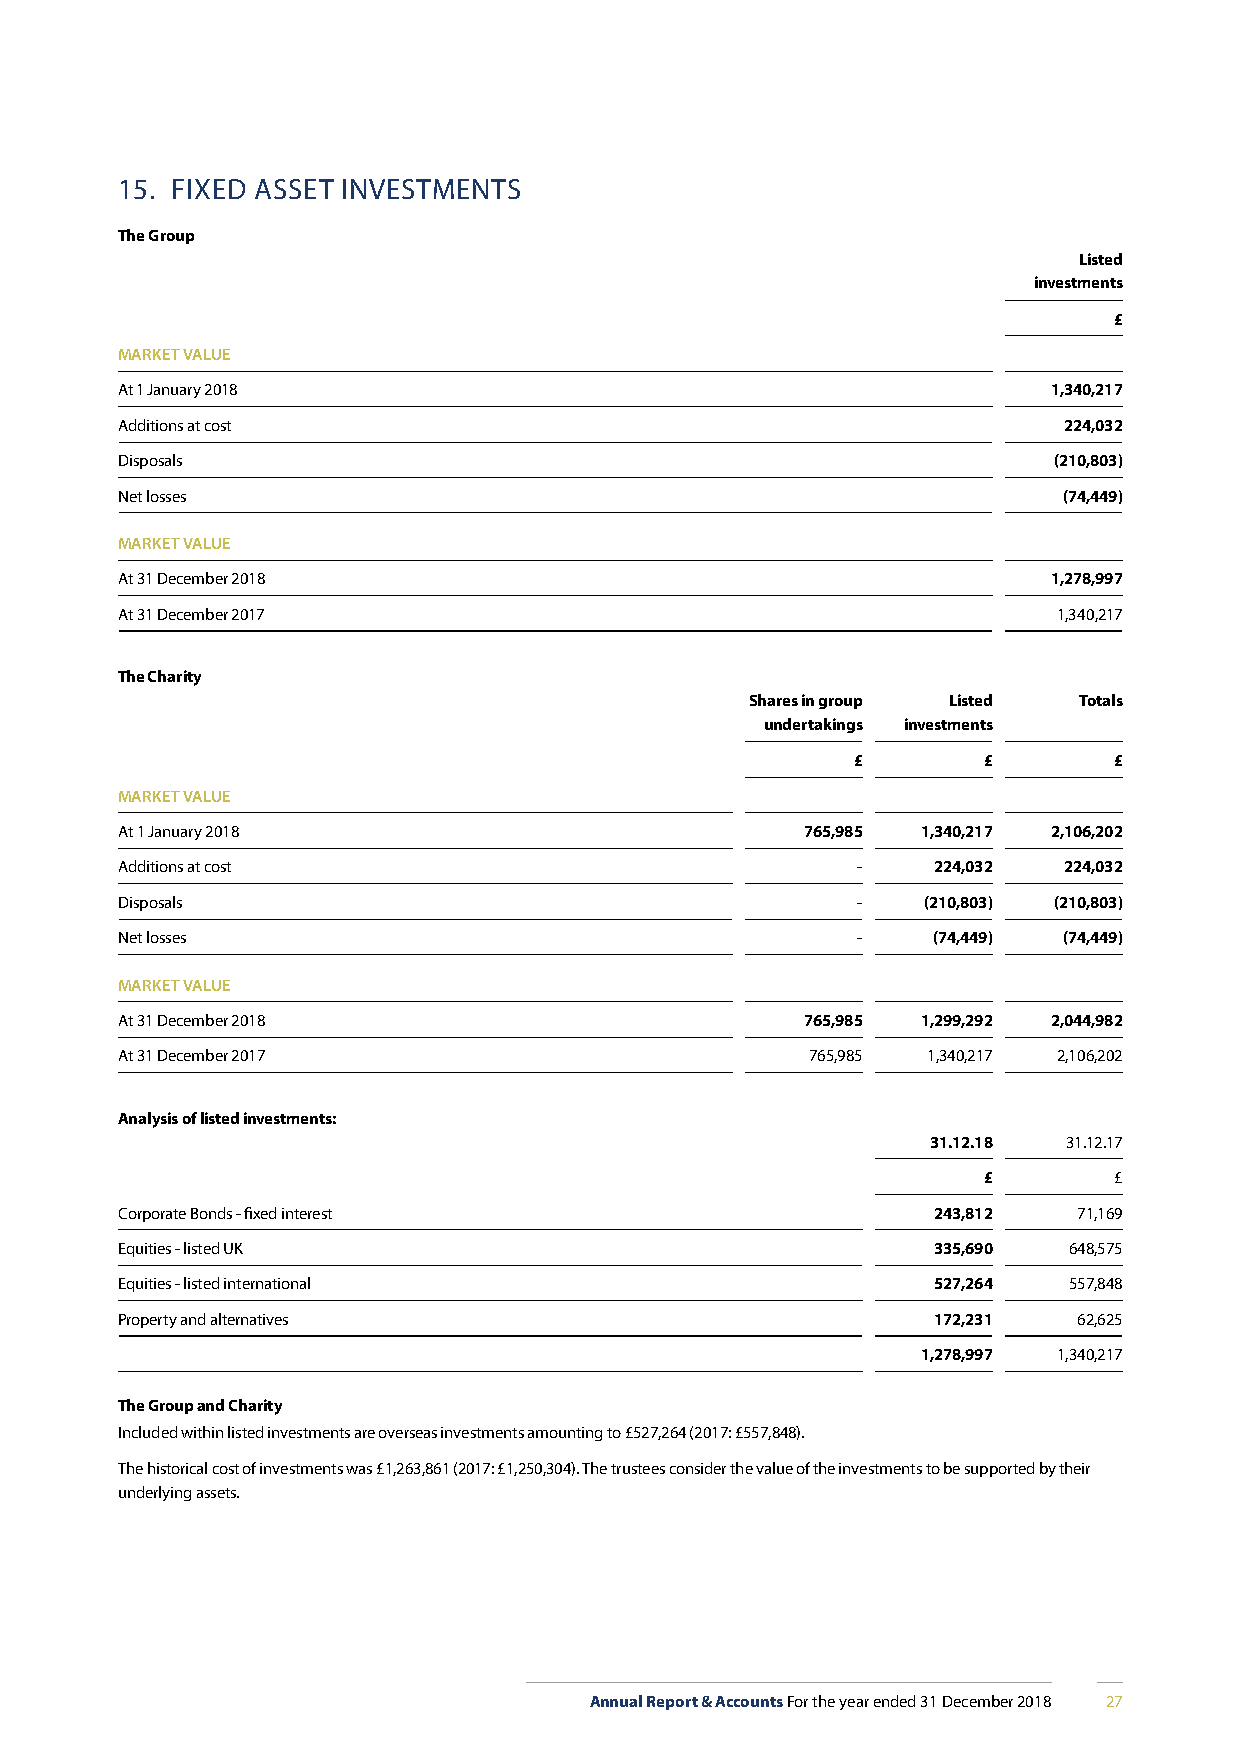
15. FIXED ASSET INVESTMENTS
 The Group
 Listed
 investments
 £
 MARKET VALUE
 At 1 January 2018                                             1,340,217
 Additions at cost                                             224,032
 Disposals                                                     (210,803)
 Net losses                                                    (74,449)
 MARKET VALUE
 At 31 December 2018                                           1,278,997
 At 31 December 2017                                           1,340,217
 The Charity
 Shares in group Listed Totals
 undertakings investments
 £        £        £
 MARKET VALUE
 At 1 January 2018                            765,985 1,340,217 2,106,202
 Additions at cost                                -    224,032 224,032
 Disposals                                        -   (210,803) (210,803)
 Net losses                                       -    (74,449) (74,449)
 MARKET VALUE
 At 31 December 2018                          765,985 1,299,292 2,044,982
 At 31 December 2017                           765,985 1,340,217 2,106,202
 Analysis of listed investments:
 31.12.18 31.12.17
 £        £
 Corporate Bonds - fixed interest                      243,812  71,169
 Equities - listed UK                                  335,690  648,575
 Equities - listed international                       527,264  557,848
 Property and alternatives                             172,231  62,625
 1,278,997 1,340,217
 The Group and Charity
 Included within listed investments are overseas investments amounting to £527,264 (2017: £557,848).
 The historical cost of investments was £1,263,861 (2017: £1,250,304). The trustees consider the value of the investments to be supported by their
 underlying assets.
 Annual Report & Accounts For the year ended 31 December 2018 27